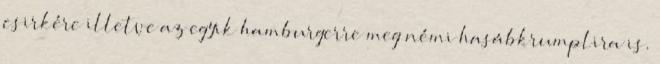
csirkére illetve az egyik hamburgerre meg némi hasábkrumplira is.